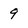
Character: 9